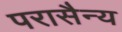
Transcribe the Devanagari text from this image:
परासैन्य